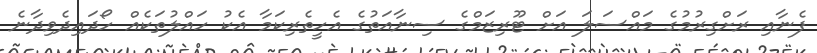
ފެނާއި ރަށްގިރުމުގެ މައްސަލަ އަށް ޓޫރިޒަމްގެ ސިނާއަތުގެ އެހީތެރިކަމާ އެކު ހައްލުތަކެއް ހޯދައިދެވިދާނެ